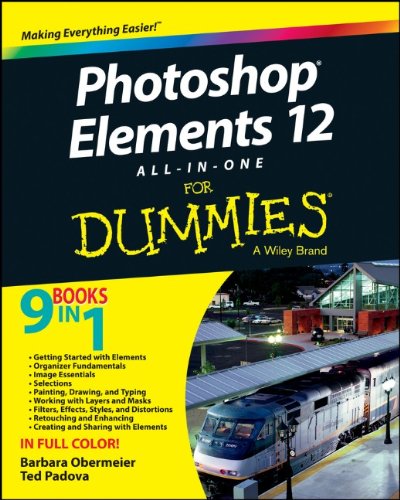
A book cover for Photoshop Elements 12 All-in-One For Dummies; Barbara Obermeier; Computers & Technology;